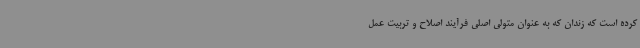
کرده است که زندان که به عنوان متولی اصلی فرآیند اصلاح و تربیت عمل